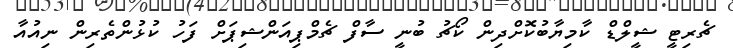
ޗެރިޓީ ޝީލްޑް ކާމިޔާބުކޮށްދިން ކޯޗު ބުނީ ސާފް ޗެމްޕިއަންޝިޕަށް ފަހު ކުޅުންތެރިން ނިއުއާ